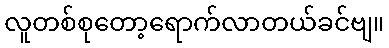
လူတစ်စုတော့ရောက်လာတယ်ခင်ဗျ။